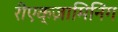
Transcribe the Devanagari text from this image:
रीएक्ज़ामिनिंग